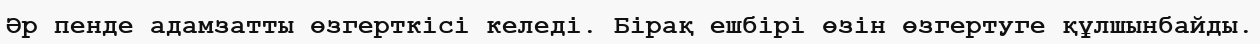
Әр пенде адамзатты өзгерткісі келеді. Бірақ ешбірі өзін өзгертуге құлшынбайды.